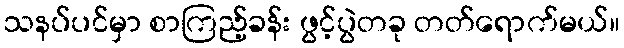
သနပ်ပင်မှာ စာကြည့်ခန်း ဖွင့်ပွဲတခု တတ်ရောက်မယ်။